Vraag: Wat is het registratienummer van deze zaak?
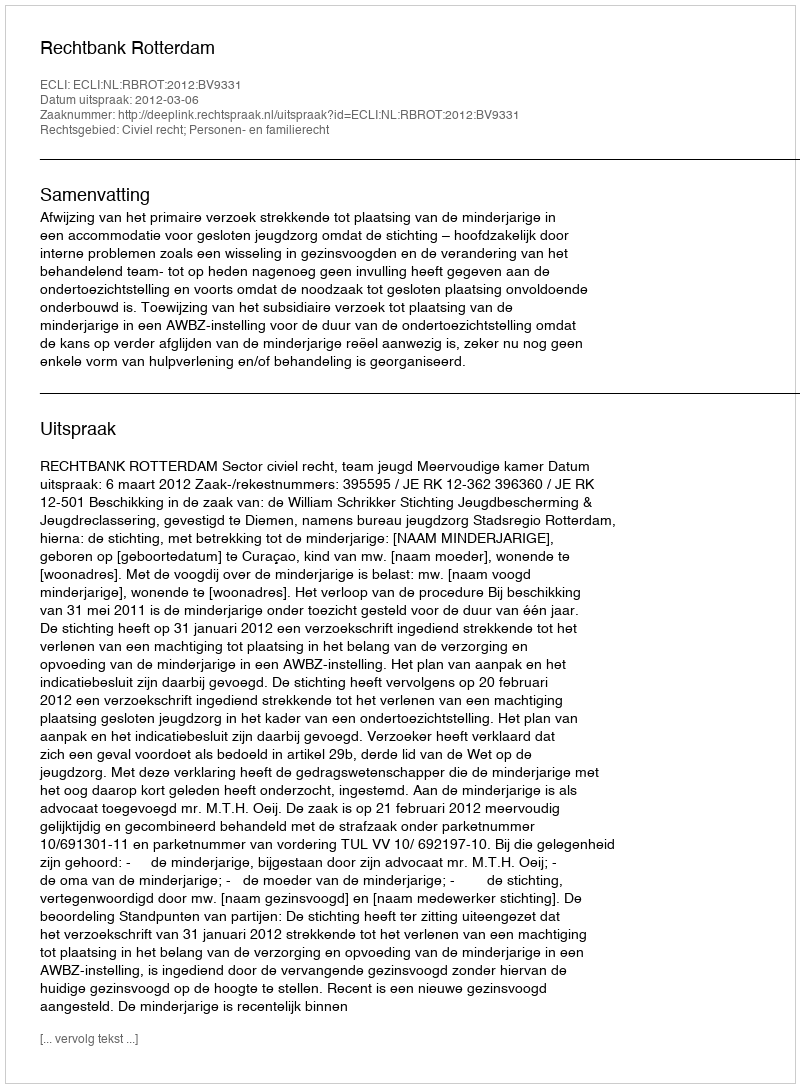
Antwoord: http://deeplink.rechtspraak.nl/uitspraak?id=ECLI:NL:RBROT:2012:BV9331